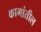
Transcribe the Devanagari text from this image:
कामांतील